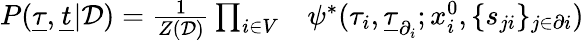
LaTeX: \begin{array}{r}{\begin{array}{rl}{P(\underline{{\tau}},\underline{{t}}|\mathcal{D})=\frac{1}{Z(\mathcal{D})}\prod_{i\in V}}&{{}\psi^{*}(\tau_{i},\underline{{\tau}}_{\partial_{i}};x_{i}^{0},\{ s_{ji}\} _{j\in\partial i})}\end{array}}\end{array}